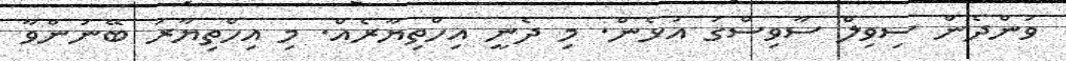
ވަންދެން ސިވިލް ސާވިސްގަ އުޅެން. މި ދެނީ އިހްތިޔާރެއް. މި އިހްތިޔާރު ބޭނުންވާ